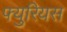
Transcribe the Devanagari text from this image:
फ्युरियस